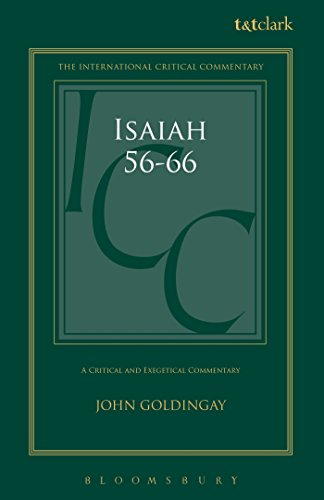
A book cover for Isaiah 56-66: A Critical and Exegetical Commentary (International Critical Commentary); John Goldingay; Christian Books & Bibles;